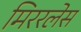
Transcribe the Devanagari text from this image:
मिररलेस